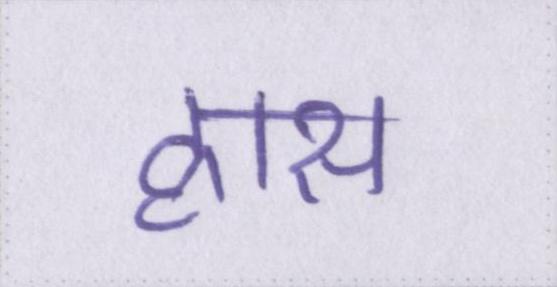
ह्रास